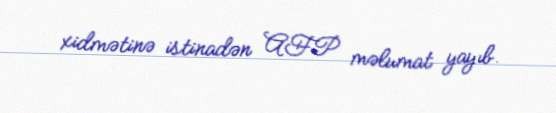
xidmətinə istinadən AFP məlumat yayıb.